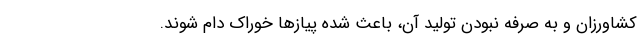
کشاورزان و به صرفه نبودن تولید آن، باعث شده پیازها خوراک دام شوند.